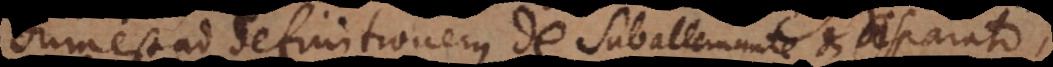
um est ad definitionem de Subalternante et disparat